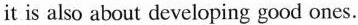
it is also about developing good ones.